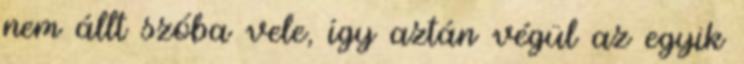
nem állt szóba vele, így aztán végül az egyik